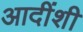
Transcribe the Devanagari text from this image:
आदींशी